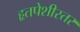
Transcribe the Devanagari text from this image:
हृतपेशीस्तर